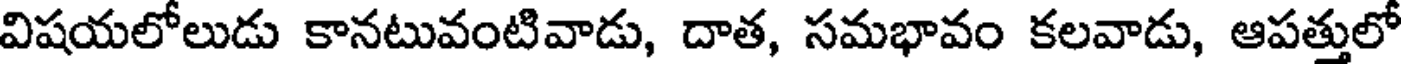
విషయలోలుడు కానటువంటివాడు, దాత, సమభావం కలవాడు, ఆపత్తులో